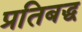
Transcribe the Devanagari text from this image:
प्रतिबद्ध